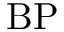
\mathrm { B P }